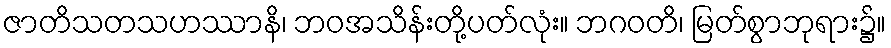
ဇာတိသတသဟဿာနိ၊ ဘဝအသိန်းတို့ပတ်လုံး။ ဘဂဝတိ၊ မြတ်စွာဘုရား၌။